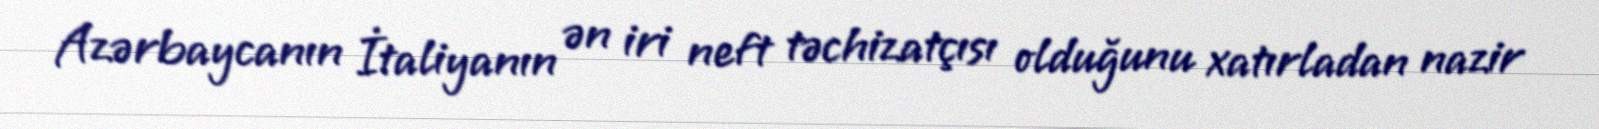
Azərbaycanın İtaliyanın ən iri neft təchizatçısı olduğunu xatırladan nazir